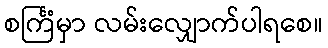
စင်္ကြံမှာ လမ်းလျှောက်ပါရစေ။